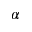
\alpha